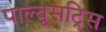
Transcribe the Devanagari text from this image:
पाल्यूसट्रिस